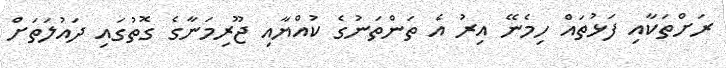
ރަށްތަކާއި ފަޅުތައް ހިމެނޭ އިރު އެ ތަންތަނުގެ ކުއްޔާއި ޖޫރިމަނާގެ ގޮތުގައި ދައުލަތަށް